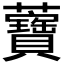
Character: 𧅤